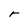
Character: r